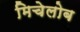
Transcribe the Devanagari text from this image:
मिचेलोब